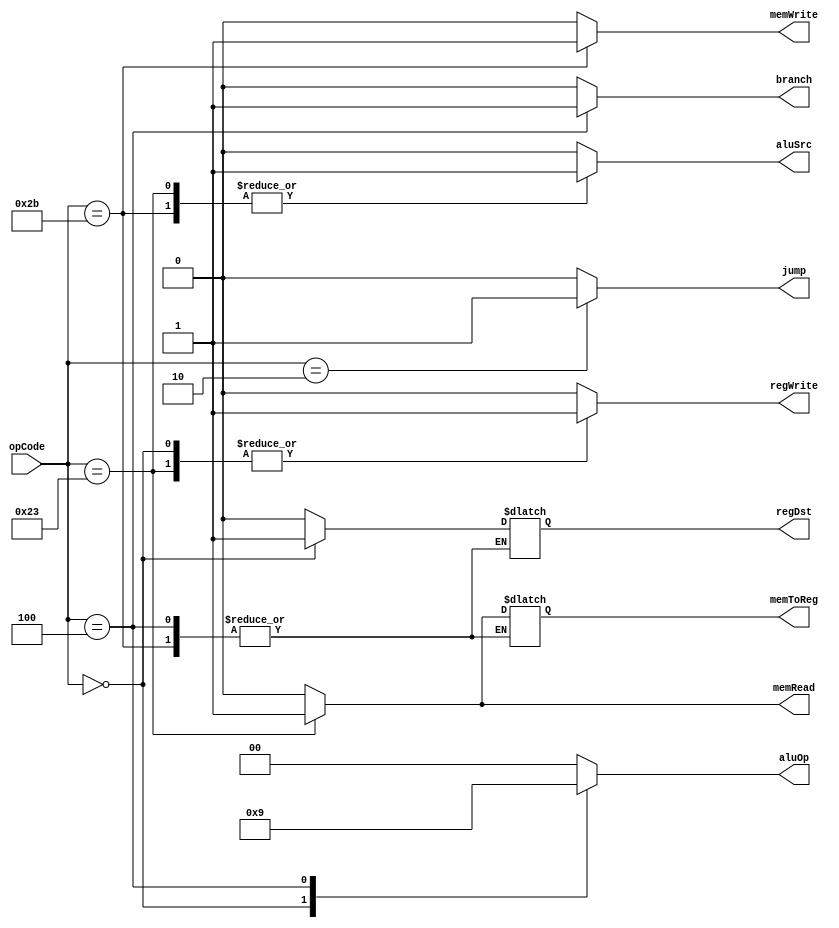
module Ctr(
    input [5:0] opCode,
    output regDst,
    output aluSrc,
    output memToReg,
    output regWrite,
    output memRead,
    output memWrite,
    output branch,
    output [1:0] aluOp,
    output jump
    );

	reg regDst;
	 reg aluSrc;
	 reg memToReg;
	 reg regWrite;
	 reg memRead;
	 reg memWrite;
	 reg branch;
	 reg[1:0] aluOp;
	 reg jump;
	 
	 always @(opCode)
	 begin
	 case(opCode)
	     6'b000010: //jump
		  begin
		      regDst=0;
				aluSrc=0;
				memToReg=0;
				regWrite=0;
				memRead=0;
				memWrite=0;
				branch=0;
				aluOp=2'b00;
				jump=1;
			end
			6'b000000: //R
			begin
			   regDst=1;
				aluSrc=0;
				memToReg=0;
				regWrite=1;
				memRead=0;
				memWrite=0;
				branch=0;
				aluOp=2'b10;
				jump=0;
			end
			6'b100011: //lw
			begin
				regDst=0;
				aluSrc=1;
				memToReg=1;
				regWrite=1;
				memRead=1;
				memWrite=0;
				branch=0;
				aluOp=2'b00;
				jump=0;
			end
			6'b101011: //sw
			begin
				//regDst=1;
				aluSrc=1;
				//memToReg=0;
				regWrite=0;
				memRead=0;
				memWrite=1;
				branch=0;
				aluOp=2'b00;
				jump=0;
			end
			6'b000100: //beq
			begin
				//regDst=1;
				aluSrc=0;
				//memToReg=0;
				regWrite=0;
				memRead=0;
				memWrite=0;
				branch=1;
				aluOp=2'b01;
				jump=0;
			end
			default
			begin
				regDst=0;
				aluSrc=0;
				memToReg=0;
				regWrite=0;
				memRead=0;
				memWrite=0;
				branch=0;
				aluOp=2'b00;
				jump=0;
			end
		endcase
		end
endmodule